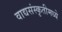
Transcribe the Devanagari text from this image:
वाद्यसंस्कृतीमध्ये